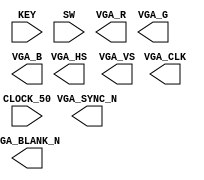
module m3
    (
        CLOCK_50,
        KEY,
        SW,
		VGA_CLK,   						//	VGA Clock
		VGA_HS,							//	VGA H_SYNC
		VGA_VS,							//	VGA V_SYNC
		VGA_BLANK_N,					//	VGA BLANK
		VGA_SYNC_N,						//	VGA SYNC
		VGA_R,   						//	VGA Red[9:0]
		VGA_G,	 						//	VGA Green[9:0]
		VGA_B   						//	VGA Blue[9:0]
    );
    input           CLOCK_50;
    input   [1:0]   KEY;
    input   [3:0]   SW;

    output			VGA_CLK;   				//	VGA Clock
	output			VGA_HS;					//	VGA H_SYNC
	output			VGA_VS;					//	VGA V_SYNC
	output			VGA_BLANK_N;			//	VGA BLANK
	output			VGA_SYNC_N;				//	VGA SYNC
	output	[9:0]	VGA_R;   				//	VGA Red[9:0]
	output	[9:0]	VGA_G;	 				//	VGA Green[9:0]
	output	[9:0]	VGA_B;   				//	VGA Blue[9:0]

    wire resetn;
    wire go;

    assign go = ~KEY[1];
    assign resetn = KEY[0];

    wire [2:0] colour;
    wire [7:0] x;
    wire [6:0] y;

//    vga_adapter VGA(
//        .resetn(resetn),
//        .clock(CLOCK_50),
//        .colour(colour),
//        .x(x),
//        .y(y),
//        .plot(draw),
//        .VGA_R(VGA_R),
//        .VGA_G(VGA_G),
//        .VGA_B(VGA_B),
//        .VGA_HS(VGA_HS),
//        .VGA_VS(VGA_VS),
//        .VGA_BLANK(VGA_BLANK_N),
//        .VGA_SYNC(VGA_SYNC_N),
//        .VGA_CLK(VGA_CLK));
//    defparam VGA.RESOLUTION = "160x120";
//    defparam VGA.MONOCHROME = "FALSE";
//    defparam VGA.BITS_PER_COLOUR_CHANNEL = 1;
//    defparam VGA.BACKGROUND_IMAGE = "black.mif";

    wire [7:0] data_result;
    wire [3:0] decoder_in, encoding;
    wire [5:0] braille;

    wire ld_dig;

    wire dig_num;

    wire done;

    wire loop;
    
    wire load;
    wire draw;

    wire [7:0] x_in;
    wire [6:0] y_in;
    
    wire ld_a, ld_b, ld_x;
    wire ld_t;
    wire ld_c;
    wire ld_op;
    wire ld_q;
    wire ld_r, ld_r_r, ld_op_reg;
    wire [1:0] ld_r_reg, ld_op_reg_op;
    wire ld_alu_out;
    wire [2:0] alu_select_a, alu_select_b;
    wire [2:0] alu_op;

	// TODO: remove
	wire [7:0] x_reg;
	wire [6:0] y_reg;

    wire [7:0] x_add;
    wire [6:0] y_add;

    wire [2:0] sq;

    vga_datapath vd0(
        .clk(CLOCK_50),
        .resetn(resetn),
        .load(load),
        .draw(draw),
        .x_in(x_in),
        .y_in(y_in),
        .braille(braille),
        .done(done),
        .x_out(x),
        .y_out(y),
        .clr_out(colour),
		  
		.x_reg(x_reg),
		.y_reg(y_reg),

        .x_add(x_add),
        .y_add(y_add),

        .sq(sq)
    );

    digs dig0(
        .data_result(data_result),
        .dig_num(dig_num),

        .dig(encoding)
    );

    datapath d0(
        .clk(CLOCK_50),
        .resetn(resetn),

        .data_in(SW[3:0]),

        .ld_a(ld_a),
        .ld_b(ld_b),
        .ld_x(ld_x),

        .ld_t(ld_t),

        .ld_c(ld_c),

        .ld_op(ld_op),

        .ld_q(ld_q),

        .ld_r(ld_r),

        .ld_r_r(ld_r_r),

        .ld_op_reg(ld_op_reg),

        .ld_r_reg(ld_r_reg),

        .ld_op_reg_op(ld_op_reg_op),

        .ld_alu_out(ld_alu_out),

        .alu_select_a(alu_select_a),
        .alu_select_b(alu_select_b),

        .alu_op(alu_op),

        .loop(loop),

        .data_result(data_result)
    );

    
    vga_control vc(
        .clk(CLOCK_50),
        .resetn(resetn),
        .go(go),

        .done(done),

        .loop(loop),

        .load(load),
        .draw(draw),
        
        .x_in(x_in),
        .y_in(y_in),

        .ld_a(ld_a),
        .ld_b(ld_b),
        .ld_x(ld_x),

        .ld_t(ld_t),

        .ld_c(ld_c),

        .ld_op(ld_op),

        .ld_q(ld_q),

        .ld_r(ld_r),

        .ld_r_r(ld_r_r),

        .ld_op_reg(ld_op_reg),

        .ld_r_reg(ld_r_reg),

        .ld_op_reg_op(ld_op_reg_op),

        .ld_alu_out(ld_alu_out),

        .alu_select_a(alu_select_a),
        .alu_select_b(alu_select_b),

        .alu_op(alu_op),

        .ld_dig(ld_dig),

        .dig_num(dig_num)
    );

    
    mux_digs md(
        .data_result(data_result),
        .encoding(encoding),
        .ld_dig(ld_dig),
        .decoder_in(decoder_in)
    );


    braille_decoder b0(
        .encoding(decoder_in),
        .decoding(braille)
    );

endmodule


module vga_control(
    input clk,
    input resetn,
    input go,

    input done,

    input loop,

    output reg load,
    output reg draw,

    output reg [7:0] x_in,
    output reg [6:0] y_in,

    output reg ld_a, ld_b, ld_x,
    output reg ld_t,
    output reg ld_c,
    output reg ld_op,
    output reg ld_q,
    output reg ld_r, ld_r_r, ld_op_reg,
    output reg [1:0] ld_r_reg,
    output reg [1:0] ld_op_reg_op,
    output reg ld_alu_out,
    output reg [2:0] alu_select_a, alu_select_b,
    output reg [2:0] alu_op,

    output reg ld_dig,
    output reg dig_num
    );

    reg [5:0] current_state, next_state;

    localparam  LD_A            = 6'd0,
                LD_A_WAIT       = 6'd1,
                DRAW_A          = 6'd2,
                DRAW_A_WAIT     = 6'd3,
                LD_B            = 6'd4,
                LD_B_WAIT       = 6'd5,
                DRAW_B          = 6'd6,
                DRAW_B_WAIT     = 6'd7,
                LD_OP           = 6'd8,
                LD_OP_WAIT      = 6'd9,
                DRAW_OP         = 6'd10,
                DRAW_OP_WAIT    = 6'd11,
                DRAW_EQ         = 6'd12,
                DRAW_EQ_WAIT    = 6'd13,
                ADD             = 6'd14,
                SUB             = 6'd15,
                MUL             = 6'd16,
                PRE_DIV         = 6'd17,
                DIV_0           = 6'd18,
                DIV_1           = 6'd19,
                DIV_2           = 6'd20,
                DIV_3           = 6'd21,
                DIV_4           = 6'd22,
                DIV_5           = 6'd23,
                DIV_6           = 6'd24,
                LD_DIV          = 6'd25,
                LD              = 6'd26,
                LD_R1           = 6'd27,
                DRAW_R1         = 6'd28,
                DRAW_R1_WAIT    = 6'd29,
                LD_R2           = 6'd30,
                DRAW_R2         = 6'd31,
                DRAW_R2_WAIT    = 6'd32;

    always @ (*) begin
        case(current_state)
            LD_A:           next_state = go     ? LD_A_WAIT     : LD_A;
            LD_A_WAIT:      next_state = go     ? LD_A_WAIT     : DRAW_A;
            DRAW_A:         next_state = DRAW_A_WAIT;
            DRAW_A_WAIT:    next_state = done   ? LD_B          : DRAW_A_WAIT;
            LD_B:           next_state = go     ? LD_B_WAIT     : LD_B;
            LD_B_WAIT:      next_state = go     ? LD_B_WAIT     : DRAW_B;
            DRAW_B:         next_state = DRAW_B_WAIT;
            DRAW_B_WAIT:    next_state = done   ? LD_OP         : DRAW_B_WAIT;
            LD_OP:          next_state = go     ? LD_OP_WAIT    : LD_OP;
            LD_OP_WAIT:     next_state = go     ? LD_OP_WAIT    : DRAW_OP;
            DRAW_OP:        next_state = DRAW_OP_WAIT;
            DRAW_OP_WAIT:   next_state = done   ? DRAW_EQ       : DRAW_OP_WAIT;
            DRAW_EQ:        next_state = DRAW_EQ_WAIT;
            DRAW_EQ_WAIT:   next_state = done   ? ADD           : DRAW_EQ_WAIT;
            ADD:            next_state = SUB;
            SUB:            next_state = MUL;
            MUL:            next_state = PRE_DIV;
            PRE_DIV:        next_state = DIV_0;
            DIV_0:          next_state = DIV_1;
            DIV_1:          next_state = DIV_2;
            DIV_2:          next_state = DIV_3;
            DIV_3:          next_state = DIV_4;
            DIV_4:          next_state = DIV_5;
            DIV_5:          next_state = DIV_6;
            DIV_6:          next_state = loop   ? DIV_0         : LD_DIV;
            LD_DIV:         next_state = LD;
            LD:             next_state = LD_R1;
            LD_R1:          next_state = DRAW_R1;
            DRAW_R1:        next_state = DRAW_R1_WAIT;
            DRAW_R1_WAIT:   next_state = done   ? LD_R2         : DRAW_R1_WAIT;
            LD_R2:          next_state = DRAW_R2;
            DRAW_R2:        next_state = DRAW_R2_WAIT;
            DRAW_R2_WAIT:   next_state = done   ? LD_A          : DRAW_R2_WAIT;
            default:        next_state = LD_A;
        endcase
    end

    localparam  A_X     = 8'd23,
                A_Y     = 7'd23,
                OP_X    = 8'd23 + 8'd16,
                OP_Y    = 7'd23,
                B_X     = 8'd23 + 8'd2 * 8'd16,
                B_Y     = 7'd23,
                EQ_X    = 8'd23 + 8'd3 * 8'd16,
                EQ_Y    = 7'd23,
                R1_X    = 8'd23 + 8'd4 * 8'd16,
                R1_Y    = 7'd23,
                R2_X    = 8'd23 + 8'd5 * 8'd16,
                R2_Y    = 7'd23;

    always @ (*) begin
        load            = 1'b0;
        draw            = 1'b0;

        x_in            = 8'b0;
        y_in            = 7'b0;
        
        ld_a            = 1'b0;
        ld_b            = 1'b0;
        ld_x            = 1'b0;
        
        ld_t            = 1'b0;

        ld_c            = 1'b0;

        ld_op           = 1'b0;

        ld_q            = 1'b0;

        ld_r            = 1'b0;
        ld_r_r          = 1'b0;
        ld_r_reg        = 2'b0;
        ld_op_reg       = 1'b0;
        
        ld_op_reg_op    = 2'b0;
        
        ld_alu_out      = 1'b0;
        
        alu_select_a    = 3'b0;
        alu_select_b    = 3'b0;

        alu_op          = 3'b0;

        ld_dig          = 1'b0;
        dig_num         = 1'b0;

        case (current_state)
            LD_A: begin
                ld_a        = 1'b1;
            end
            DRAW_A: begin
                // TODO: one clock cycle earlier?
                ld_r        = 1'b1;
                ld_r_r      = 1'b1;
                ld_r_reg    = 2'b00;

                load        = 1'b1;
                x_in        = A_X;
                y_in        = A_Y;
            end
            DRAW_A_WAIT: begin
                draw        = 1'b1;
            end
            LD_B: begin
                ld_b        = 1'b1;
            end
            DRAW_B: begin
                // TODO: one clock cycle earlier?
                ld_r        = 1'b1;
                ld_r_r      = 1'b1;
                ld_r_reg    = 2'b01;
                
                load        = 1'b1;
                x_in        = B_X;
                y_in        = B_Y;
            end
            DRAW_B_WAIT: begin
                draw        = 1'b1;
            end
            LD_OP: begin
                ld_op       = 1'b1;
            end
            DRAW_OP: begin
                // TODO: one clock cycle earlier?
                ld_r        = 1'b1;
                ld_r_r      = 1'b1;
                ld_r_reg    = 2'b10;

                load        = 1'b1;
                x_in        = OP_X;
                y_in        = OP_Y;
            end
            DRAW_OP_WAIT: begin
                draw        = 1'b1;
            end
            DRAW_EQ: begin                
                // TODO: one clock cycle earlier?
                ld_r        = 1'b1;
                ld_r_r      = 1'b1;
                ld_r_reg    = 2'b11;
                
                load        = 1'b1;
                x_in        = EQ_X;
                y_in        = EQ_Y;
            end
            DRAW_EQ_WAIT: begin
                draw        = 1'b1;
            end
            ADD: begin
                alu_select_a    = 3'd0;
                alu_select_b    = 3'd1;

                alu_op          = 3'd0;

                ld_op_reg       = 1'd1;
                ld_op_reg_op    = 2'd0;
            end
            SUB: begin
                alu_select_a    = 3'd0;
                alu_select_b    = 3'd1;

                alu_op          = 3'd1;

                ld_op_reg       = 1'd1;
                ld_op_reg_op    = 2'd1;
            end
            MUL: begin
                alu_select_a    = 3'd0;
                alu_select_b    = 3'd1;

                alu_op          = 3'd2;

                ld_op_reg       = 1'd1;
                ld_op_reg_op    = 2'd2;
            end
            PRE_DIV: begin
                ld_c            = 1'd1;  // set the clock counter to 0
            end
            DIV_0: begin
                alu_select_a    = 3'd2;
                alu_select_b    = 3'd0;

                alu_op          = 3'd3;

                ld_x            = 1'd1;
            end
            DIV_1: begin
                alu_select_a    = 3'd0;
                
                alu_op          = 3'd4;

                ld_alu_out      = 1'd1;
                ld_a            = 1'd1;
            end
            DIV_2: begin
                alu_select_a    = 3'd2;
                alu_select_b    = 3'd1;
                
                alu_op          = 3'd1;

                ld_x            = 1'd1;
            end
            DIV_3: begin
                alu_select_a    = 3'd2;

                alu_op          = 3'd5;

                ld_q            = 1'd1;
            end
            DIV_4: begin
                alu_select_a    = 3'd3;
                alu_select_b    = 3'd1;
                
                alu_op          = 3'd2;

                ld_t            = 1'd1;
            end
            DIV_5: begin
                alu_select_a    = 3'd2;
                alu_select_b    = 3'd4;

                alu_op          = 3'd0;

                ld_alu_out      = 1'd1;
                ld_x            = 1'd1;
            end
            DIV_6: begin
                alu_select_a    = 3'd0;
                alu_select_b    = 3'd3;

                alu_op          = 3'd6;

                ld_alu_out      = 1'd1;
                ld_a            = 1'd1;
            end
            LD_DIV: begin
                ld_op_reg       = 1'd1;
                ld_op_reg_op    = 2'd3;
            end 
            LD: begin
                ld_r            = 1'b1;
            end
            DRAW_R1: begin
                ld_dig          = 1'b1;
                dig_num         = 1'b1;
                load            = 1'b1;
                x_in            = R1_X;
                y_in            = R1_Y;
            end
            DRAW_R1_WAIT: begin
                draw            = 1'b1;
                ld_dig          = 1'b1;
                dig_num         = 1'b1;
            end
            DRAW_R2: begin
                ld_dig          = 1'b1;
                dig_num         = 1'b0;
                load            = 1'b1;
                x_in            = R2_X;
                y_in            = R2_Y;
            end
            DRAW_R2_WAIT: begin
                draw            = 1'b1;
                ld_dig          = 1'b1;
                dig_num         = 1'b0;
            end
        endcase
    end

    always @ (posedge clk) begin
        if (!resetn)
            current_state <= LD_A;
        else
            current_state <= next_state;
    end
endmodule


module vga_datapath(
    input clk,
    input resetn,
    input load,
    input draw,
    input [7:0] x_in,
    input [6:0] y_in,
    input [5:0] braille,
    
    output reg done,
    output [7:0] x_out,
    output [6:0] y_out,
    output reg [2:0] clr_out,
	 
	output reg [7:0] x_reg,
	output reg [6:0] y_reg,

    output reg [7:0] x_add,
    output reg [6:0] y_add,

    output reg [2:0] sq
    );
   
    localparam  BOX_SIZE    = 7'd8,     
                OFF_CLR     = 3'd2,         
                ON_CLR      = 3'd1;  

    // the x and y for the top left corner of the braille encoding
    reg [7:0] x_r;
    reg [6:0] y_r;
    
    // the x and y for which the offsets are calculated relative to
//    reg [7:0] x_reg;
//    reg [6:0] y_reg;

    // the x and y offsets
//    reg [7:0] x_add;
//    reg [6:0] y_add;

    // count which square we're on (don't do division)
//    reg [2:0] sq;

    // count which pixel we're on in the current box
    reg [5:0] c;

    // get colour based on bits of braille
    reg [5:0] shift;
    reg clr_bit;

    always @ (posedge clk) begin
        if (!resetn) begin
            x_r <= 0;
            y_r <= 0;

            x_reg <= 0;
            y_reg <= 0;
            
            x_add <= 0;
            y_add <= 0;

            sq <= 0;
            c <= 0;

            shift <= 0;
            clr_bit <= 0;

            done <= 0;
        end
        else begin
            if (load) begin
                // draw a new braille encoding
                x_r <= x_in;
                y_r <= y_in;
					 
				x_reg <= x_in;
				y_reg <= y_in;
                
                sq <= 0;
                c <= 0;

                done <= 0;
            end
            else if (draw) begin
                shift <= braille >> sq;
                clr_bit <= shift[0:0];

                c <= c + 6'd1;
                x_add <= {5'b00_000, c[2:0]};
                y_add <= {4'b00_00, c[5:3]};

                if (c == 6'd63) begin
                    // on this pos edge, we'll send a sig to draw the last pixel for the current box
                    
                    sq <= sq + 3'd1;
                    case (sq) // note: hardcoded adding 1 to sq
                        3'b000: begin
                            // 001
                            x_reg <= x_r + {7'd0, 1'b1} * BOX_SIZE;
                            y_reg <= y_r + {5'd0, 2'b00} * BOX_SIZE;
                        end                       
                        3'b001: begin
                            // 010
                            x_reg <= x_r + {7'd0, 1'b0} * BOX_SIZE;
                            y_reg <= y_r + {5'd0, 2'b01} * BOX_SIZE;
                        end                       
                        3'b010: begin
                            // 011
                            x_reg <= x_r + {7'd0, 1'b1} * BOX_SIZE;
                            y_reg <= y_r + {5'd0, 2'b01} * BOX_SIZE;
                        end                       
                        3'b011: begin
                            // 100
                            x_reg <= x_r + {7'd0, 1'b0} * BOX_SIZE;
                            y_reg <= y_r + {5'd0, 2'b10} * BOX_SIZE;
                        end                       
                        3'b100: begin
                            // 101
                            x_reg <= x_r + {7'd0, 1'b1} * BOX_SIZE;
                            y_reg <= y_r + {5'd0, 2'b10} * BOX_SIZE;
                        end                       
                        3'b101: begin
                            // 110
                            x_reg <= x_r + {7'd0, 1'b0} * BOX_SIZE;
                            y_reg <= y_r + {5'd0, 2'b11} * BOX_SIZE;
                        end                       
                        3'b110: begin // TODO: this should never be used
                            // 111
                            x_reg <= x_r + {7'd0, 1'b1} * BOX_SIZE;
                            y_reg <= y_r + {5'd0, 2'b11} * BOX_SIZE;
                        end
                        default: begin
                            x_reg <= x_reg;
                            y_reg <= y_reg;
                        end
                    endcase
                    
                    if (sq == 3'd5)
                        done <= 1'd1;
                end
                
                // mux to get colour
                case (clr_bit) 
                    1'd0:   clr_out <= OFF_CLR;
                    1'd1:   clr_out <= ON_CLR;
                endcase
            end
        end
    end

    assign x_out = x_reg + x_add;
    assign y_out = y_reg + y_add;

endmodule


module datapath(
    input clk,
    input resetn,
    input [3:0] data_in,
    input ld_a, ld_b, ld_x, 
    input ld_t,
    input ld_c,
    input ld_op,
    input ld_q,
    input ld_r, ld_r_r, ld_op_reg,
    input [1:0] ld_r_reg,
    input [1:0] ld_op_reg_op, 
    input ld_alu_out,
    input [2:0] alu_select_a, alu_select_b,
    input [2:0] alu_op,
    output reg loop,
    output reg [7:0] data_result
    );

    // input registers
    reg [3:0] a, b, x;

    // special tmp reg for div
    reg [3:0] t;

    // count clock cycles for div
    reg [4:0] c;

    // op register
    reg [1:0] op;
    
    // special reg for div
    reg q;

    // output of the alu
    reg [7:0] alu_out;

    // op results
    reg [7:0] add, sub, mul, div;

    // alu input muxes
    reg [3:0] alu_a, alu_b;

    // load registers
    always @ (posedge clk) begin
        if (!resetn) begin
            a <= 4'd0;
            b <= 4'd0;
            x <= 4'd0;
            
            t <= 4'd0;

            c <= 5'd0;

            op <= 2'd0;
            
            q <= 1'd0;
        end
        else begin
            if (ld_a)
                a <= ld_alu_out ? alu_out[3:0] : data_in;
            if (ld_b)
                b <= data_in;
            if (ld_x)
                x <= alu_out[3:0];
            if (ld_op)
                op <= data_in[1:0];
            if (ld_q)
                q <= alu_out[3:3];
            if (ld_t)
                t <= alu_out[3:0];
            
            if (ld_c)
                c <= 5'd0;
            else
                c <= c + 5'd1; 
        end
    end

    // output result register
    always @ (posedge clk) begin
        if (!resetn) begin
            data_result <= 8'd0;
            
            add <= 8'd0;
            sub <= 8'd0;
            mul <= 8'd0;
            div <= 8'd0;

            loop <= 1'd0;
        end
        else begin
            if (ld_r) begin
                if (ld_r_r) begin
                    case (ld_r_reg)
                        2'b00: data_result <= {4'd0, a};
                        2'b01: data_result <= {4'd0, b};
                        2'b10: data_result <= {6'd0, op} + 8'd10; // OP, converted to our encoding
                        2'b11: data_result <= 8'd14; // EQ, converted to our encoding
                        default: data_result <= 8'd0;
                    endcase
                end
                else begin
                    case (op)
                        2'b00: data_result <= add;
                        2'b01: data_result <= sub;
                        2'b10: data_result <= mul;
                        2'b11: data_result <= div;
                    endcase
                end
            end
            if (ld_op_reg) begin
                case (ld_op_reg_op)
                    2'b00: add <= alu_out;
                    2'b01: sub <= alu_out;
                    2'b10: mul <= alu_out;
                    2'b11: div <= {4'd0, a};
                endcase
            end

            loop <= c < 5'd26;
        end
    end

    // The ALU input multiplexers
    always @(*)
    begin
        case (alu_select_a)
            3'd0:
                alu_a = a;
            3'd1:
                alu_a = b;
            3'd2:
                alu_a = x;
            3'd3:
                alu_a = {3'b000, q};
            3'd4:
                alu_a = t;
            default:
                alu_a = a;
        endcase

        case (alu_select_b)
            3'd0:
                alu_b = a;
            3'd1:
                alu_b = b;
            3'd2:
                alu_b = x;
            3'd3:
                alu_b = {3'b000, q};
            3'd4:
                alu_b = t;
            default:
                alu_b = a;
        endcase
    end

    // tmp reg for alu out
    reg [7:0] tmp;

    // The ALU
    always @(*)
    begin : ALU
        case (alu_op)
            3'd0:   alu_out = {4'd0, alu_a} + {4'd0, alu_b};
            3'd1:   alu_out = {4'd0, alu_a} - {4'd0, alu_b};
            3'd2:   alu_out = {4'd0, alu_a} * {4'd0, alu_b};
            3'd3:   
            begin
                    tmp = {alu_a, alu_b} << 1;
                    alu_out = {4'd0, tmp[7:4]}; 
            end
            3'd4:   alu_out = {4'd0, alu_a << 1};
            3'd5:   alu_out = {4'd0, alu_a};
            3'd6:   alu_out = {4'd0, alu_a[3:1], ~alu_b[0]};
            default: alu_out = 8'd0;
        endcase
    end

endmodule


module digs(data_result, dig_num, dig);
    input [7:0] data_result;    // the number 
    input dig_num;              // which digit (1s or 10s)

    output reg [3:0] dig;           // the digit

    wire [7:0] m1, m2;

    assign m1 = data_result % 8'd10;
    assign m2 = (data_result / 8'd10) % 8'd10;  // in case it's three digs
    // TODO: will this synthesize to a lookup table? if not, hardcode it
    always @(*) begin
        case (dig_num)
            1'b0:   dig = m1[3:0];
            1'b1:   dig = m2[3:0];  
        endcase
    end

endmodule


module mux_digs(data_result, encoding, ld_dig, decoder_in);
    input [7:0] data_result;
    input [3:0] encoding;
    input ld_dig;

    output reg [3:0] decoder_in;

    always @(*) begin
        case(ld_dig)
            1'b0:   decoder_in = data_result[3:0];
            1'b1:   decoder_in = encoding;
        endcase
    end

endmodule


module braille_decoder(encoding, decoding);
    input [3:0] encoding;
    output reg [5:0] decoding;

    always @(*)
        case (encoding)
            // 1 if coloured in, raster scan order
            4'd0: decoding = 6'b11_10_00;
            4'd1: decoding = 6'b00_01_00;
            4'd2: decoding = 6'b01_01_00;
            4'd3: decoding = 6'b00_11_00;
            4'd4: decoding = 6'b10_11_00;
            4'd5: decoding = 6'b10_01_00;
            4'd6: decoding = 6'b01_11_00;
            4'd7: decoding = 6'b11_11_00;
            4'd8: decoding = 6'b11_01_00;
            4'd9: decoding = 6'b01_10_00;
            4'd10: decoding = 6'b11_00_10;
            4'd11: decoding = 6'b11_00_00;
            4'd12: decoding = 6'b10_00_01;
            4'd13: decoding = 6'b01_00_10;
            4'd14: decoding = 6'b11_11_11;
            default: decoding = 6'd0;
        endcase
endmodule